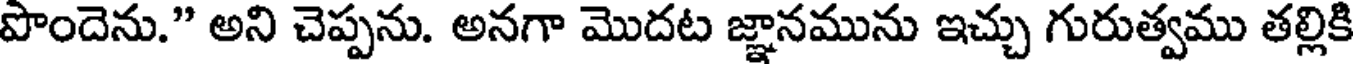
పొందెను." అని చెప్పను. అనగా మొదట జ్ఞానమును ఇచ్చు గురుత్వము తల్లికి